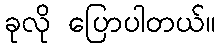
ခုလို ပြောပါတယ်။